Annual vaccination report of Bihar and Orissa - 1911-1928
Year: 1911
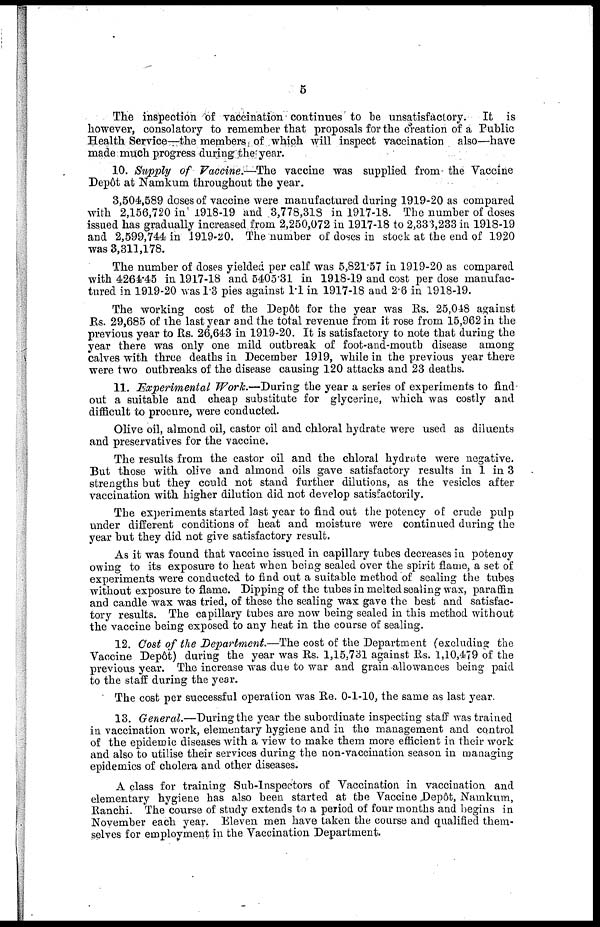
5
The inspection of vaccination continues to be unsatisfactory. It is
however, consolatory to remember that proposals for the creation of a Public
Health Service—the members of which will inspect vaccination also—have
made much progress during the year.
10. Supply of Vaccine.—The vaccine was supplied from the Vaccine
Depôt at Namkum throughout the year.
3,504,589 doses of vaccine were manufactured during 1919-20 as compared
with 2,156,720 in 1918-19 and 3,778,318 in 1917-18. The number of doses
issued has gradually increased from 2,250,072 in 1917-18 to 2,333,233 in 1918-19
and 2,599,744 in 1919-20. The number of doses in stock at the end of 1920
was 3,311,178.
The number of doses yielded per calf was 5,821.57 in 1919-20 as compared
with 4264.45 in 1917-18 and 5405.31 in 1918-19 and cost per dose manufac-
tured in 1919-20 was 1.3 pies against 1.1 in 1917-18 and 2.6 in 1918-19.
The working cost of the Depôt for the year was Rs. 25,048 against
Rs. 29,685 of the last year and the total revenue from it rose from 15,962 in the
previous year to Rs. 26,643 in 1919-20. It is satisfactory to note that during the
year there was only one mild outbreak of foot-and-mouth disease among
calves with three deaths in December 1919, while in the previous year there
were two outbreaks of the disease causing 120 attacks and 23 deaths.
11. Experimental Work.—During the year a series of experiments to find
out a suitable and cheap substitute for glycerine, which was costly and
difficult to procure, were conducted.
Olive oil, almond oil, castor oil and chloral hydrate were used as diluents
and preservatives for the vaccine.
The results from the castor oil and the chloral hydrate were negative.
But those with olive and almond oils gave satisfactory results in 1 in 3
strengths but they could not stand further dilutions, as the vesicles after
vaccination with higher dilution did not develop satisfactorily.
The experiments started last year to find out the potency of crude pulp
under different conditions of heat and moisture were continued during the
year but they did not give satisfactory result.
As it was found that vaccine issued in capillary tubes decreases in potency
owing to its exposure to heat when being sealed over the spirit flame, a set of
experiments were conducted to find out a suitable method of sealing the tubes
without exposure to flame. Dipping of the tubes in melted sealing wax, paraffin
and candle wax was tried, of these the sealing wax gave the best and satisfac-
tory results. The capillary tubes are now being sealed in this method without
the vaccine being exposed to any heat in the course of sealing.
12. Cost of the Department.—The cost of the Department (excluding the
Vaccine Depôt) during the year was Rs. 1,15,731 against Rs. 1,10,479 of the
previous year. The increase was due to war and grain allowances being paid
to the staff during the year.
The cost per successful operation was Re. 0-1-10, the same as last year.
13. General.—During the year the subordinate inspecting staff was trained
in vaccination work, elementary hygiene and in the management and control
of the epidemic diseases with a view to make them more efficient in their work
and also to utilise their services during the non-vaccination season in managing
epidemics of cholera and other diseases.
A class for training Sub-Inspectors of Vaccination in vaccination and
elementary hygiene has also been started at the Vaccine .Depôt, Namkum,
Ranchi. The course of study extends to a period of four months and begins in
November each year. Eleven men have taken the course and qualified them-
selves for employment in the Vaccination Department.